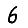
Digit: 6